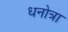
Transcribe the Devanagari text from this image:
धनोत्रा